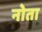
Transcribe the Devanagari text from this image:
नोता